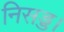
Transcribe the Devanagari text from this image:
निसड्ड।